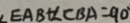
\angle E A B + \angle C B A = 9 0 ^ { \circ }